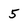
Character: 5